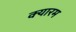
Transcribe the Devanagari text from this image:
क्यारम